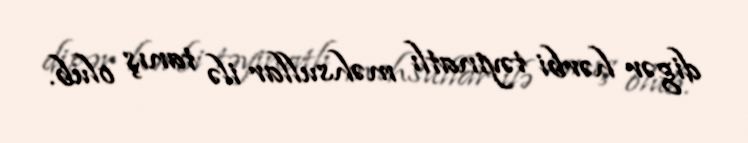
digər hərbi təyinatlı məhsullar ilə tanış olub.